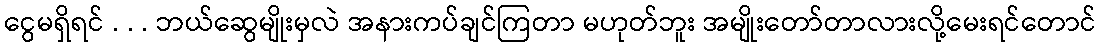
ငွေမရှိရင် . . . ဘယ်ဆွေမျိုးမှလဲ အနားကပ်ချင်ကြတာ မဟုတ်ဘူး အမျိုးတော်တာလားလို့မေးရင်တောင်